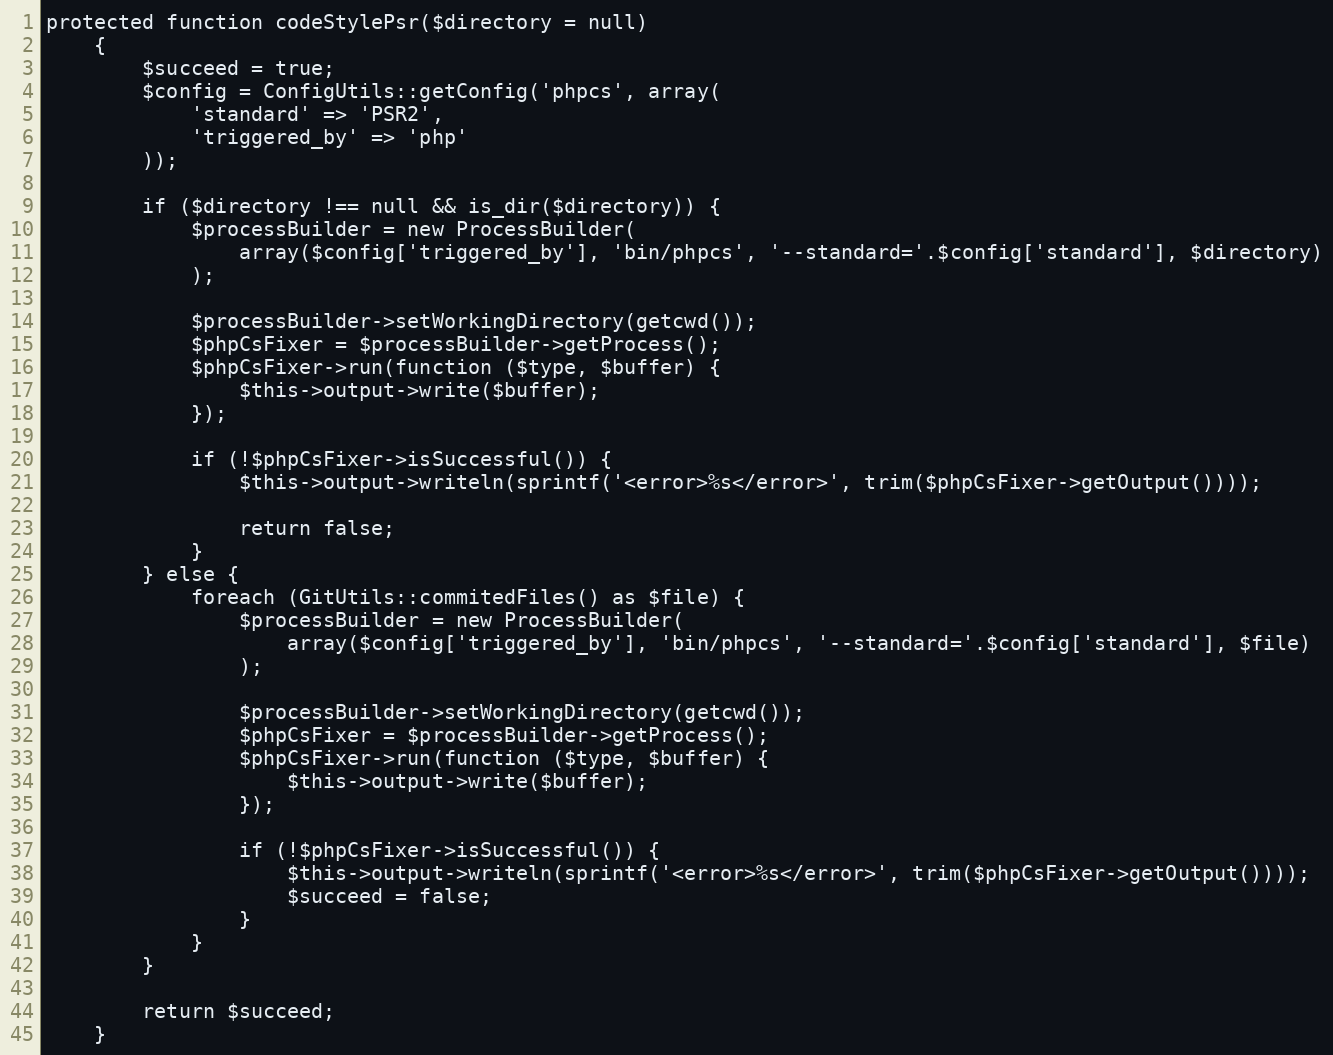
Language: PHP
protected function codeStylePsr($directory = null)
    {
        $succeed = true;
        $config = ConfigUtils::getConfig('phpcs', array(
            'standard' => 'PSR2',
            'triggered_by' => 'php'
        ));

        if ($directory !== null && is_dir($directory)) {
            $processBuilder = new ProcessBuilder(
                array($config['triggered_by'], 'bin/phpcs', '--standard='.$config['standard'], $directory)
            );

            $processBuilder->setWorkingDirectory(getcwd());
            $phpCsFixer = $processBuilder->getProcess();
            $phpCsFixer->run(function ($type, $buffer) {
                $this->output->write($buffer);
            });

            if (!$phpCsFixer->isSuccessful()) {
                $this->output->writeln(sprintf('<error>%s</error>', trim($phpCsFixer->getOutput())));

                return false;
            }
        } else {
            foreach (GitUtils::commitedFiles() as $file) {
                $processBuilder = new ProcessBuilder(
                    array($config['triggered_by'], 'bin/phpcs', '--standard='.$config['standard'], $file)
                );

                $processBuilder->setWorkingDirectory(getcwd());
                $phpCsFixer = $processBuilder->getProcess();
                $phpCsFixer->run(function ($type, $buffer) {
                    $this->output->write($buffer);
                });

                if (!$phpCsFixer->isSuccessful()) {
                    $this->output->writeln(sprintf('<error>%s</error>', trim($phpCsFixer->getOutput())));
                    $succeed = false;
                }
            }
        }

        return $succeed;
    }